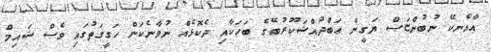
އާއެނކޭ ނުބުންޏަސް ޔަގީން ޢަބްދުއްޝަކޫރުބޭގެ ބަހަކާއި ދެކޮޅެއް ނުވާނެކަން ހަގީގަތުގައި ވެސް ޝައިމް